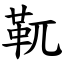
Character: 靰